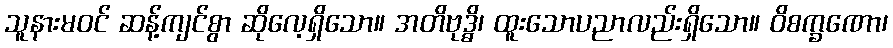
သူနားမဝင် ဆန့်ကျင်စွာ ဆိုလေ့ရှိသော။ အတိဗုဒ္ဓိ၊ ထူးသောပညာလည်းရှိသော။ ဝိစက္ခဏော၊